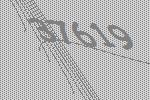
37619